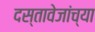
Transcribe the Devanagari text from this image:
दस्तावेजांच्या